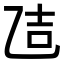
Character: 𪜒